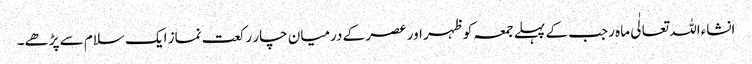
انشاءاللہ تعالٰی ماہ رجب کے پہلے جمعہ کو ظہر اور عصر کے درمیان چار رکعت نماز ایک سلام سے پڑھے۔